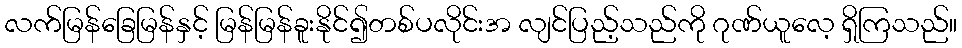
လက်မြန်ခြေမြန်နှင့် မြန်မြန်ခူးနိုင်၍တစ်ပလိုင်းအ လျင်ပြည့်သည်ကို ဂုဏ်ယူလေ့ ရှိကြသည်။